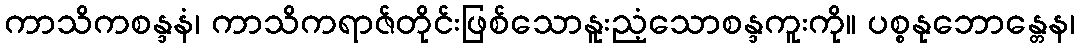
ကာသိကစန္ဒနံ၊ ကာသိကရာဇ်တိုင်းဖြစ်သောနူးညံ့သောစန္ဒကူးကို။ ပစ္စနုဘောန္တေန၊